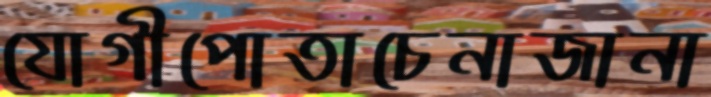
যোগীপোতাচেনাজানা